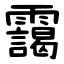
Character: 靄